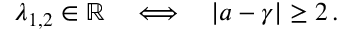
\lambda _ { 1 , 2 } \in \mathbb { R } \quad \Longleftrightarrow \quad | a - \gamma | \ge 2 \, .